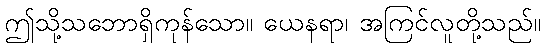
ဤသို့သဘောရှိကုန်သော။ ယေနရာ၊ အကြင်လူတို့သည်။